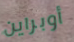
أوبراين